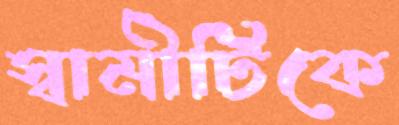
স্বামীটিকে